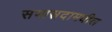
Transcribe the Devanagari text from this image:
सभासदामधील